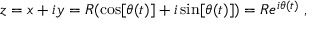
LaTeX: z = x + i y = R ( \cos [ \theta ( t ) ] + i \sin [ \theta ( t ) ] ) = R e ^ { i \theta ( t ) } \ ,